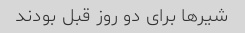
شیرها برای دو روز قبل بودند